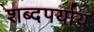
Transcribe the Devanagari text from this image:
शब्दपर्याय